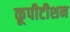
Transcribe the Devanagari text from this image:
कूपीटीशन